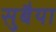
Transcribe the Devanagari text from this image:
सुबैया